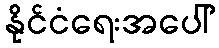
နိုင်ငံရေးအပေါ်